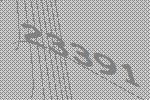
23391